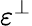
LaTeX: \varepsilon^{\bot}